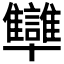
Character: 𠧐